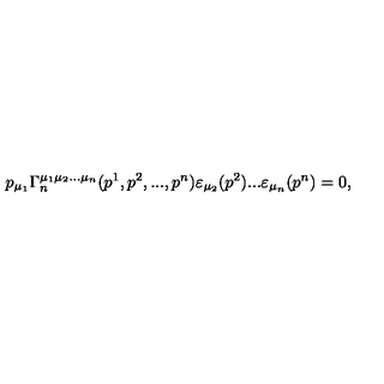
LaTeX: p _ { \mu _ { 1 } } \Gamma _ { n } ^ { \mu _ { 1 } \mu _ { 2 } . . . \mu _ { n } } ( p ^ { 1 } , p ^ { 2 } , . . . , p ^ { n } ) \varepsilon _ { \mu _ { 2 } } ( p ^ { 2 } ) . . . \varepsilon _ { \mu _ { n } } ( p ^ { n } ) = 0 ,